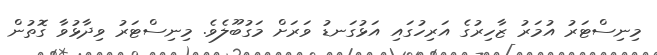
މިނިސްޓަރު އުމަރު ޒާހިރުގެ އަރިހުގައި އަޅުގަނޑު ވަރަށް މަގުބޫލެވެ. މިނިސްޓަރު ވިދާޅުވާ ގޮތުން